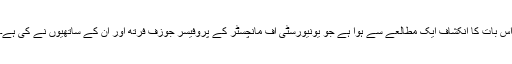
اس بات کا انکشاف ایک مطالعے سے ہوا ہے جو یونیورسٹی آف مانچسٹر کے پروفیسر جوزف فرتھ اور ان کے ساتھیوں نے کی ہے۔